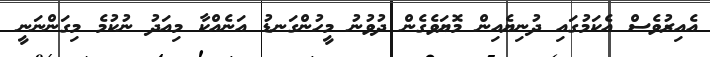
އެއިރުވެސް އެކަމުގައި ދުނިޔެއިން މޮޔަވެގެން ދުވުނު މީހުންގަނޑު އަނެއްކާ މިއަދު ނުކުމެ މިގަންނަނީ